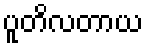
ပူတိလတာယ